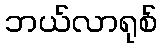
ဘယ်လာရုစ်